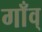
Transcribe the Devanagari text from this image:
गाँव्